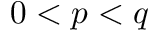
0 < p < q